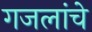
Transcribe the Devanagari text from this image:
गजलांचे